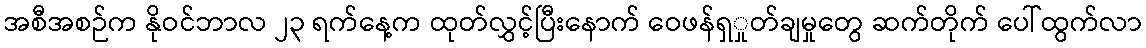
အစီအစဉ်က နိုဝင်ဘာလ ၂၃ ရက်နေ့က ထုတ်လွှင့်ပြီးနောက် ဝေဖန်ရှှုတ်ချမှုတွေ ဆက်တိုက် ပေါ်ထွက်လာ